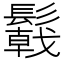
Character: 𩯋